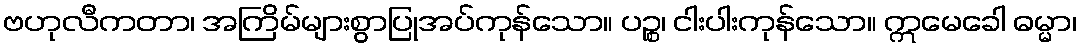
ဗဟုလီကတာ၊ အကြိမ်များစွာပြုအပ်ကုန်သော။ ပဉ္စ၊ ငါးပါးကုန်သော။ ဣမေခေါ ဓမ္မာ၊